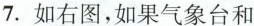
7.如右图，如果气象台和